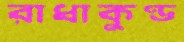
রাধাকুণ্ড